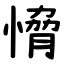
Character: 愶